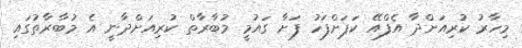
މިހާރު ކުރިއަށްދާ އެފްއޭ ކަޕަށްފަހު ފަށާ ގައުމީ މުބާރާތް ކުރިއަށްދާނީ އެ މުބާރާތުގައި